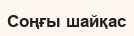
Соңғы шайқас